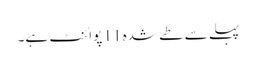
پہلے سے طے شدہ 11 پوائنٹ ہے۔